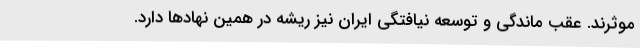
موثرند. عقب ماندگی و توسعه نیافتگی ایران نیز ریشه در همین نهادها دارد.